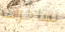
ساحرات